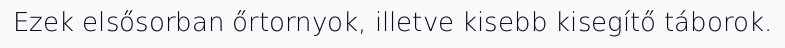
Ezek elsősorban őrtornyok, illetve kisebb kisegítő táborok.